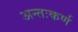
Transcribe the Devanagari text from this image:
अन्तःकर्ण